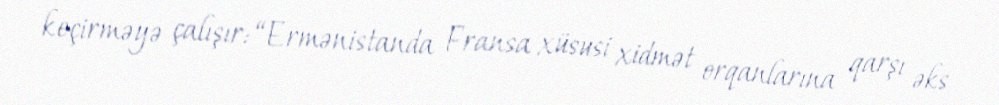
keçirməyə çalışır: “Ermənistanda Fransa xüsusi xidmət orqanlarına qarşı əks